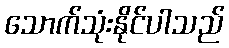
သောက်သုံးနိုင်ပါသည်